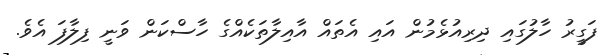
ފަގީރު ހާލުގައި ދިރިއުޅެމުން އައި އެތައް އާއިލާތަކެއްގެ ހާސްކަން ވަނީ ފިލާފަ އެވެ.